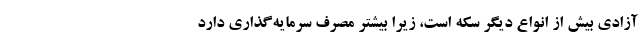
آزادی بیش از انواع دیگر سکه است، زیرا بیشتر مصرف سرمایه‌گذاری دارد